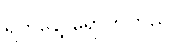
ရက်နေ့ ရောက်တယ်။